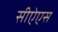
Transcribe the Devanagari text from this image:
सीऐएस